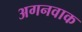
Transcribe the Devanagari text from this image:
अगनवाक